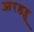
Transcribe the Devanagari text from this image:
आरडब्लू